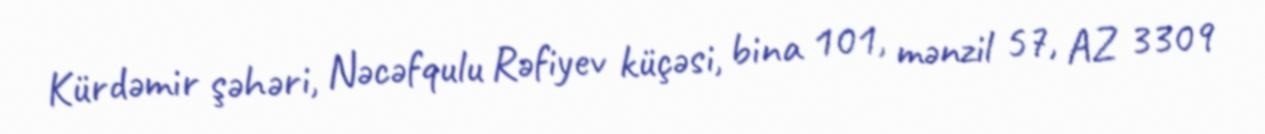
Kürdəmir şəhəri, Nəcəfqulu Rəfiyev küçəsi, bina 101, mənzil 57, AZ 3309